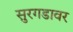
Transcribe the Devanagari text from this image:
सुरगडावर